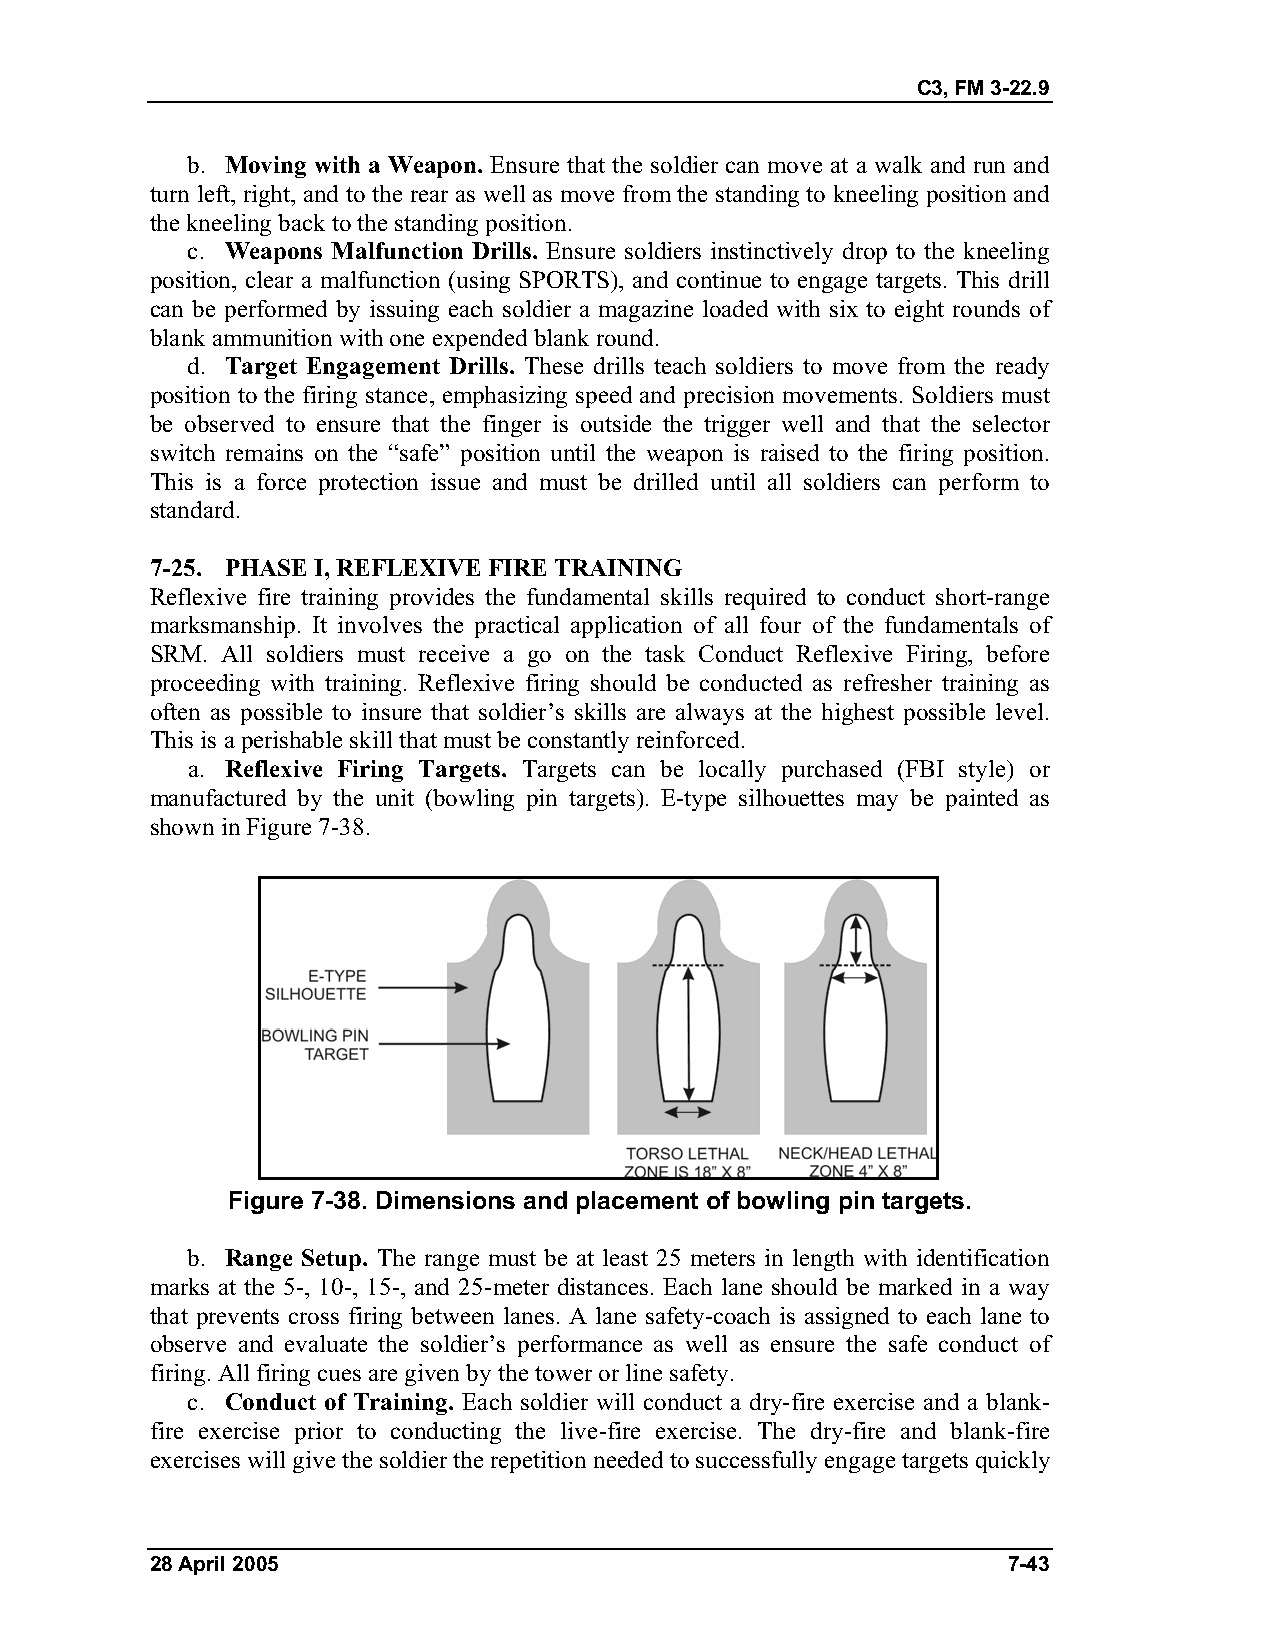
C3, FM 3-22.9
 b. Moving with a Weapon. Ensure that the soldier can move at a walk and run and
 turn left, right, and to the rear as well as move from the standing to kneeling position and
 the kneeling back to the standing position.
 c. Weapons Malfunction Drills. Ensure soldiers instinctively drop to the kneeling
 position, clear a malfunction (using SPORTS), and continue to engage targets. This drill
 can be performed by issuing each soldier a magazine loaded with six to eight rounds of
 blank ammunition with one expended blank round.
 d. Target Engagement Drills. These drills teach soldiers to move from the ready
 position to the firing stance, emphasizing speed and precision movements. Soldiers must
 be observed to ensure that the finger is outside the trigger well and that the selector
 switch remains on the “safe” position until the weapon is raised to the firing position.
 This is a force protection issue and must be drilled until all soldiers can perform to
 standard.
 7-25. PHASE I, REFLEXIVE FIRE TRAINING
 Reflexive fire training provides the fundamental skills required to conduct short-range
 marksmanship. It involves the practical application of all four of the fundamentals of
 SRM. All soldiers must receive a go on the task Conduct Reflexive Firing, before
 proceeding with training. Reflexive firing should be conducted as refresher training as
 often as possible to insure that soldier’s skills are always at the highest possible level.
 This is a perishable skill that must be constantly reinforced.
 a. Reflexive Firing Targets. Targets can be locally purchased (FBI style) or
 manufactured by the unit (bowling pin targets). E-type silhouettes may be painted as
 shown in Figure 7-38.
 Figure 7-38. Dimensions and placement of bowling pin targets.
 b. Range Setup. The range must be at least 25 meters in length with identification
 marks at the 5-, 10-, 15-, and 25-meter distances. Each lane should be marked in a way
 that prevents cross firing between lanes. A lane safety-coach is assigned to each lane to
 observe and evaluate the soldier’s performance as well as ensure the safe conduct of
 firing. All firing cues are given by the tower or line safety.
 c. Conduct of Training. Each soldier will conduct a dry-fire exercise and a blank-
 fire exercise prior to conducting the live-fire exercise. The dry-fire and blank-fire
 exercises will give the soldier the repetition needed to successfully engage targets quickly
 28 April 2005                                            7-43